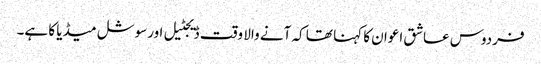
فردوس عاشق اعوان کا کہنا تھا کہ آنے والا وقت ڈیجٹیل اورسوشل میڈیا کا ہے۔